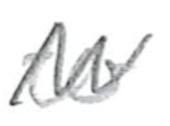
Text: to
Cross-out: mix
Writing tool: pencil